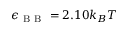
\epsilon _ { \mathrm { ~ B ~ B ~ } } = 2 . 1 0 k _ { B } T